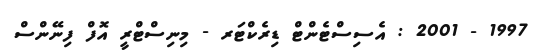
1997 - 2001 : އެސިސްޓެންޓް ޑިރެކްޓަރ - މިނިސްޓްރީ އޮފް ފިނޭންސް